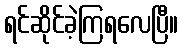
ရင်ဆိုင်ခဲ့ကြရလေပြီ။